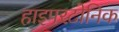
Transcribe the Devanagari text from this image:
हाइपरटोनिक